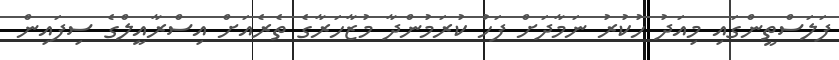
ފަލަސްތީންގައި މިއަދު ހުކުރު ނަމާދަށް ފަހު ކުރަމުންދާ މުޒާހަރާގެ ތެރެއަށް އިސްރާއީލްގެ ސިފައިން